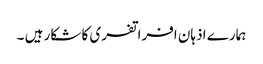
ہمارے اذہان افراتفری کا شکار ہیں ۔